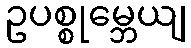
ဥပစ္စုမ္ဘေယျ